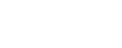
ဖြတ်သန်းစဉ်